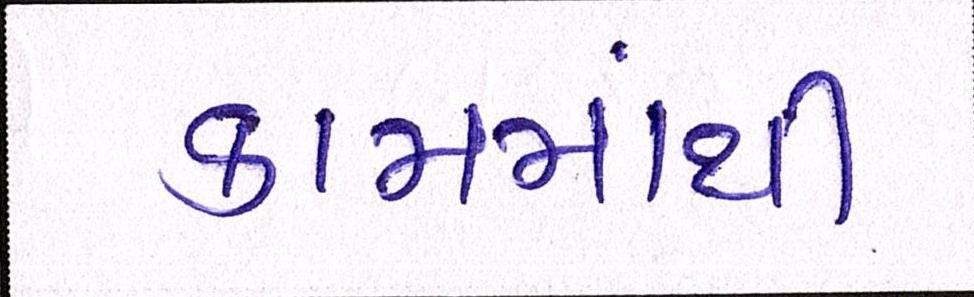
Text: કામમાંથી